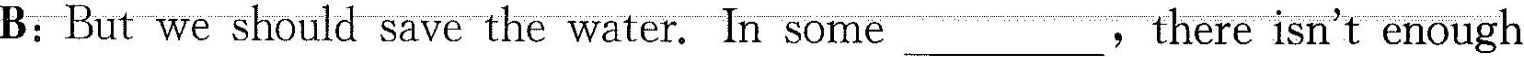
B:But we should save the water. In some_- there isn't enough